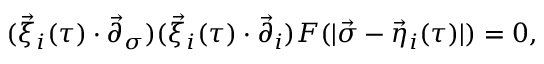
( \vec { \xi } _ { i } ( \tau ) \cdot { \vec { \partial } } _ { \sigma } ) ( \vec { \xi } _ { i } ( \tau ) \cdot { \vec { \partial } } _ { i } ) F ( | \vec { \sigma } - \vec { \eta } _ { i } ( \tau ) | ) = 0 ,